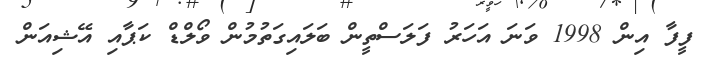
ފީފާ އިން 1998 ވަނަ އަހަރު ފަލަސްތީން ބަލައިގަތުމުން ވޯލްޑް ކަޕާއި އޭޝިއަން